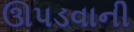
ઊપડવાની